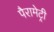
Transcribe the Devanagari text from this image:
पैरामेट्री